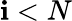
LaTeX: \mathbf{i}<N